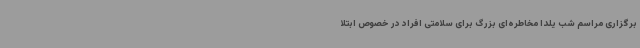
برگزاری مراسم شب یلدا مخاطره‌ای بزرگ برای سلامتی افراد در خصوص ابتلا